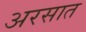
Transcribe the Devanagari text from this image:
अरसात